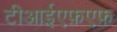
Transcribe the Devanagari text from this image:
टीआईएफ़एफ़